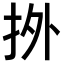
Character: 𢫑